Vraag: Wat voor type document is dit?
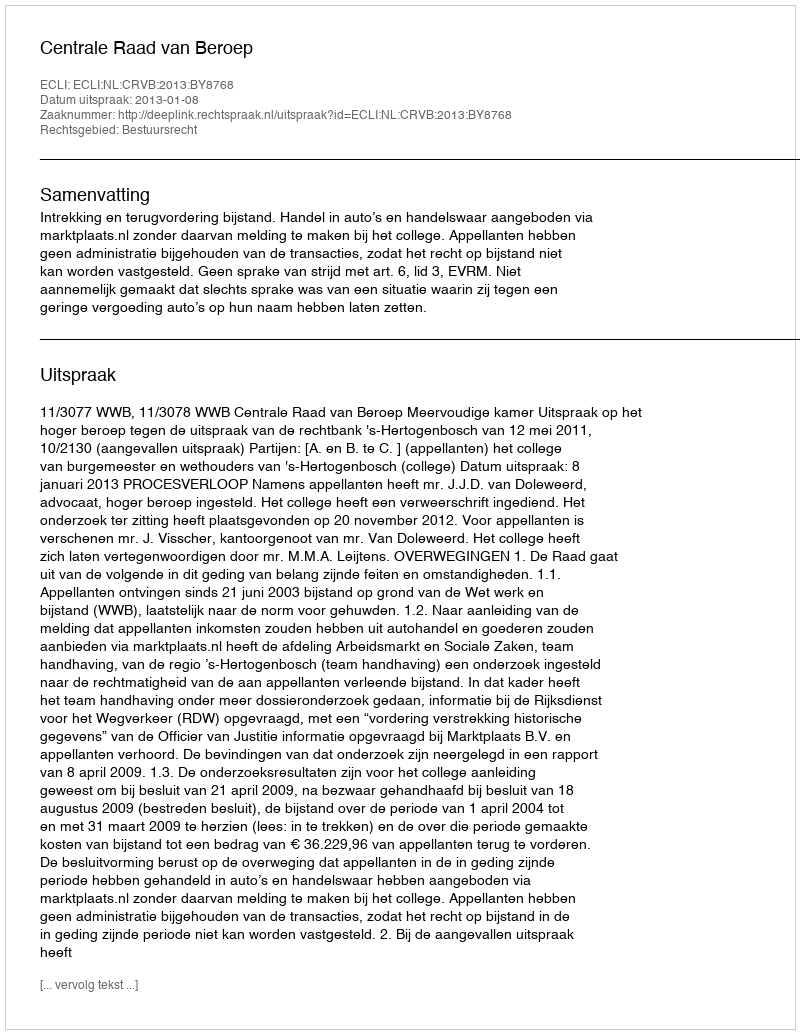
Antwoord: Uitspraak